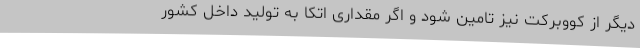
دیگر از کووبرکت نیز تامین شود و اگر مقداری اتکا به تولید داخل کشور